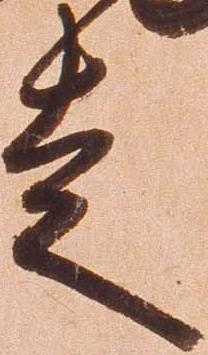
走